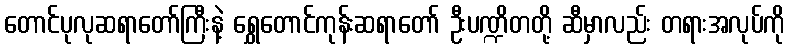
တောင်ပုလုဆရာတော်ကြီးနဲ့ ရွှေတောင်ကုန်းဆရာတော် ဦးပဏ္ဍိတတို့ ဆီမှာလည်း တရားအလုပ်ကို